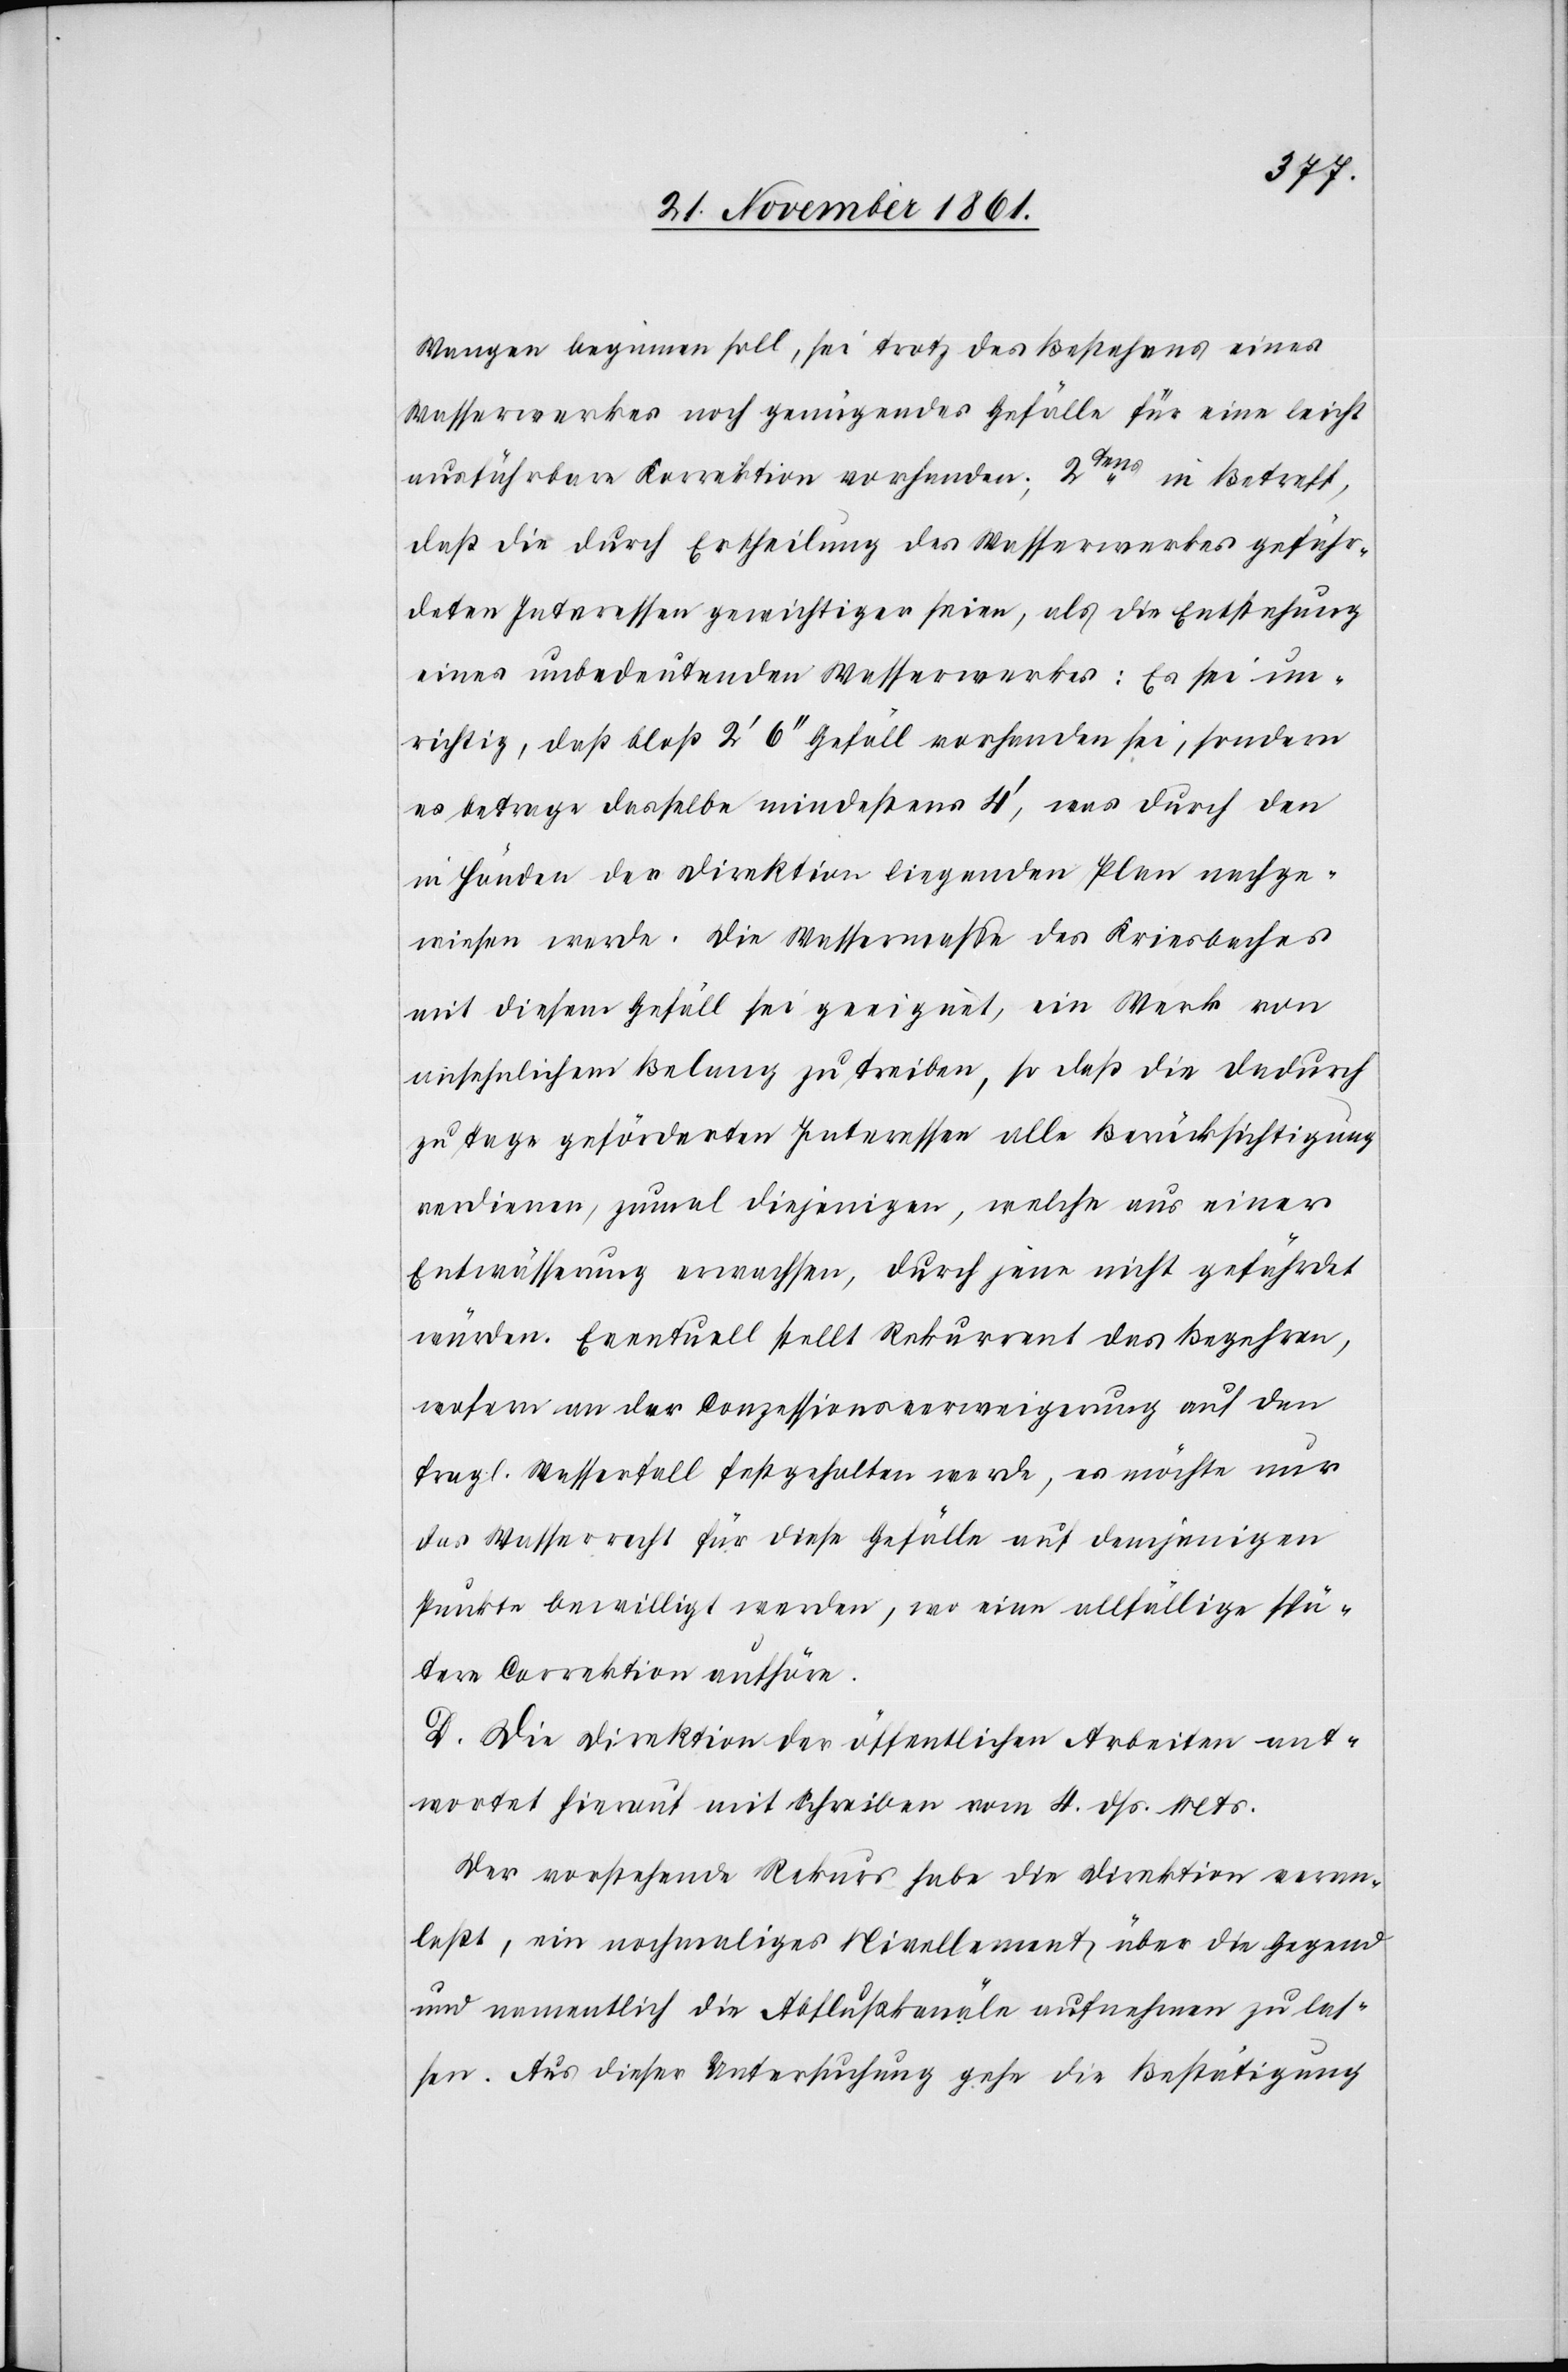
Wangen beginnen soll, sei trotz des Bestehens eines
Wasserwerkes noch genügendes Gefälle für eine leicht
ausführbare Korrektion vorhanden; 2tens in Betreff,
daß die durch Ertheilung des Wasserwerkes gefähr¬
deten Interessen gewichtiger seien, als die Entstehung
eines unbedeutenden Wasserwerkes: Es sei un¬
richtig, daß bloß 2‘ 6‘‘ Gefäll vorhanden sei, sondern
es betrage dasselbe mindestens 4‘, was durch den
in Händen der Direktion liegenden Plan nachge¬
wiesen werde. Die Wassermaße des Kriesbaches
mit diesem Gefäll sei geeignet, ein Werk von
wirklichem Belang zu treiben, so daß die dadurch
zu Tage geförderten Interessen alle Berücksichtigung
verdienen, zumal diejenigen, welche aus einer
Entwässerung erwachsen, durch jene nicht gefährdet
würden. Eventuell stellt Rekurrent das Begehren,
wofern an der Conzessionsverweigerung auf den
fragl. Wasserfall festgehalten werde, es möchte nur
das Wasserrecht für diese Gefälle auf demjenigen
Punkte bewilligt werden, wo eine allfällige spä¬
tere Correktion aufhöre.
D. Die Direktion der öffentlichen Arbeiten ant¬
wortet hierauf mit Schreiben vom 4 dß. Mts.
Der vorstehende Rekurs habe die Direktion veran¬
laßt, ein nochmaliges Nivellement über die Gegend
und namentlich die Abflußkanäle aufnehmen zu las¬
sen. Aus dieser Untersuchung gehe die Beseitigung